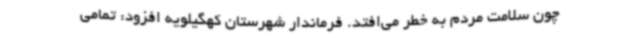
چون سلامت مردم به خطر می‌افتد. فرماندار شهرستان کهگیلویه افزود: تمامی